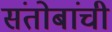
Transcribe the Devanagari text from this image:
संतोबांची